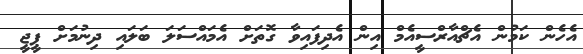
އެހެން ކަމުން އެޗްއާރްސީއެމް އިން އެދިފައިވާ ގޮތަށް އެމައްސަލަ ބަލައި ދިނުމަށް ޕީޖީ